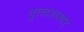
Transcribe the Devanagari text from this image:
पुत्तदाळ्वार्